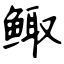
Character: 鲰